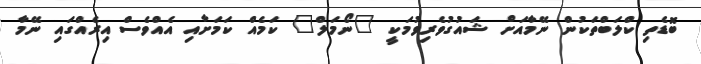
ބޮޑެތި ކްލަބްތަކުން ނޭމާއަށް ޝައުގުވެރިވުމަކީ "ނޯމަލް" ކަމެއް ކަމަށާއި އެއްވެސް އިރެއްގައި ނޭމާ